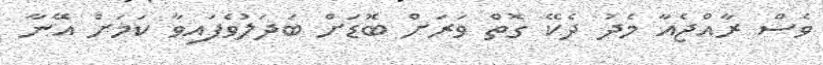
ވެސް ރާއްޖެއާ މެދު ދެކޭ ގޮތް ވަރަށް ބޮޑަށް ބަދަލުވެފައިވާ ކަމަށް އޭނާ